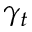
\gamma _ { t }